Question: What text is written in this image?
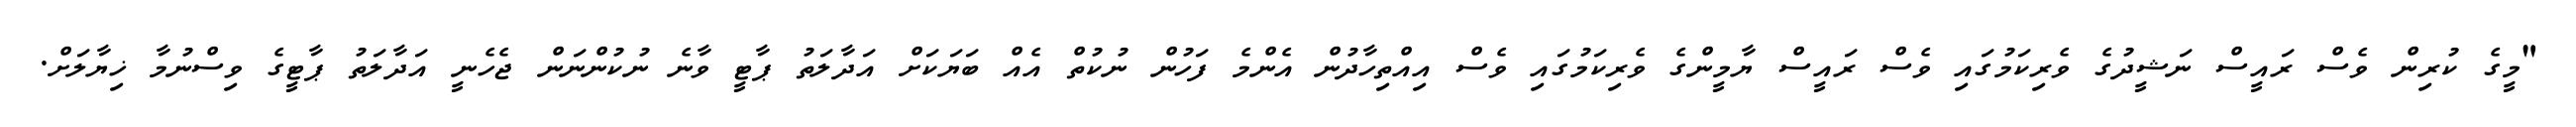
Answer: "މީގެ ކުރިން ވެސް ރައީސް ނަޝީދުގެ ވެރިކަމުގައި ވެސް ރައީސް ޔާމީންގެ ވެރިކަމުގައި ވެސް އިއްތިހާދުން އެންމެ ފަހުން ނުކުތް އެއް ބަޔަކަށް އަދާލަތު ޕާޓީ ވާނެ ނުކުންނަން ޖެހެނީ އަދާލަތު ޕާޓީގެ ވިސްނުމާ ޚިޔާލަށް.